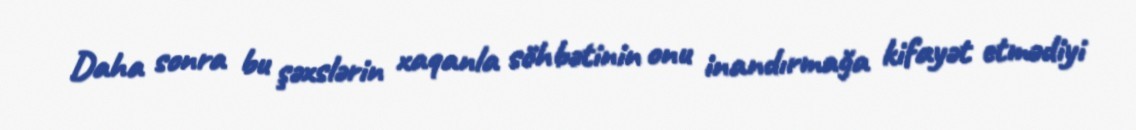
Daha sonra bu şəxslərin xaqanla söhbətinin onu inandırmağa kifayət etmədiyi